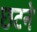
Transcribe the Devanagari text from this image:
छटने